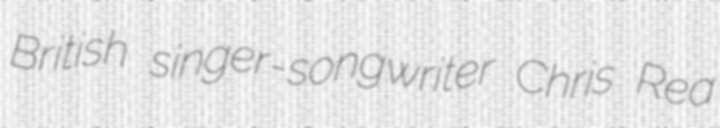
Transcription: British singer-songwriter Chris Rea